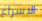
الاسراع